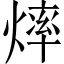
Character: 𱬎